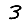
Digit: 3